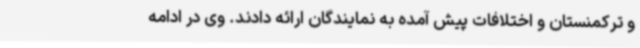
و ترکمنستان و اختلافات پیش آمده به نمایندگان ارائه دادند. وی در ادامه